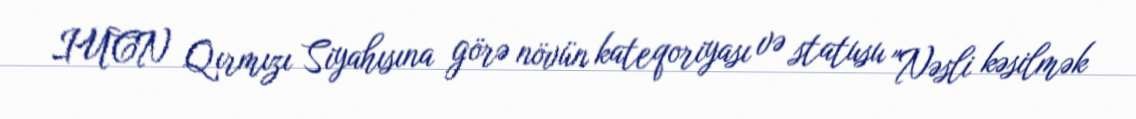
IUCN Qırmızı Siyahısına görə növün kateqoriyası və statusu "Nəsli kəsilmək